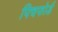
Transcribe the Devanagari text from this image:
पिचफोर्ड